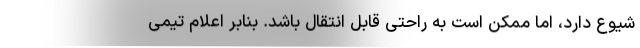
شیوع دارد، اما ممکن است به راحتی قابل انتقال باشد. بنابر اعلام تیمی